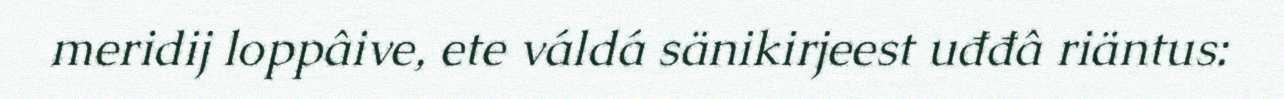
meridij loppâive, ete váldá sänikirjeest uđđâ riäntus: